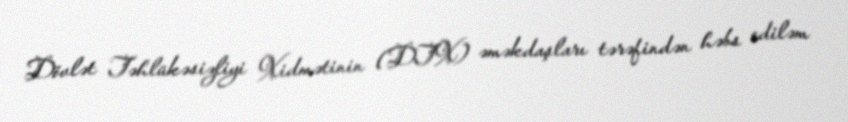
Dövlət Təhlükəsizliyi Xidmətinin (DTX) əməkdaşları tərəfindən həbs ediləm